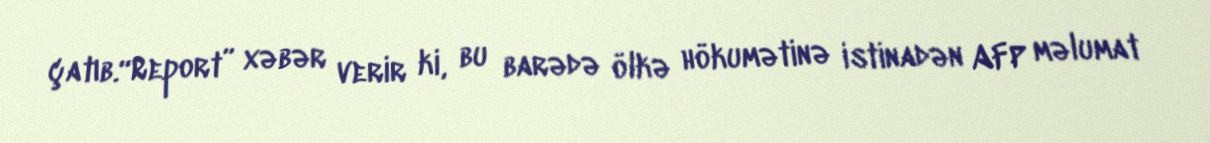
çatıb.“Report” xəbər verir ki, bu barədə ölkə hökumətinə istinadən AFP məlumat